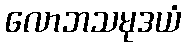
လောဘသမုဒယံ